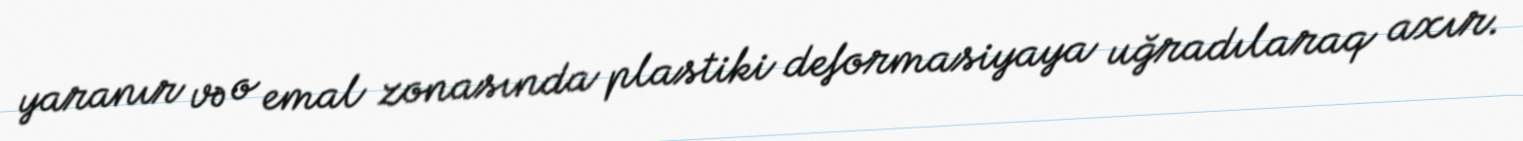
yaranır və o emal zonasında plastiki deformasiyaya uğradılaraq axır.